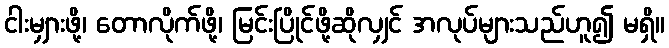
ငါးမျှားဖို့၊ တောလိုက်ဖို့၊ မြင်းပြိုင်ဖို့ဆိုလျှင် အလုပ်များသည်ဟူ၍ မရှိ။